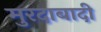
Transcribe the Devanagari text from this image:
मुरदाबादी